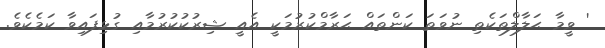
' ވީމާ ޙަލާލްތަކެތި ނުވަތަ ކަންތައް ޙަރާމްކުރުމަކީ އެއީ ޝިރުކުކުރުމާއި ގުޅިފައިވާ ކަމެކެވެ.